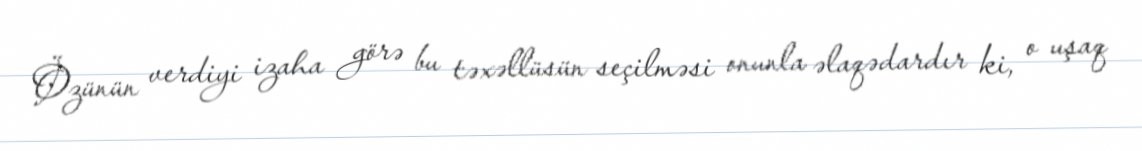
Özünün verdiyi izaha görə bu təxəllüsün seçilməsi onunla əlaqədardır ki, o uşaq